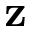
\bf { z }